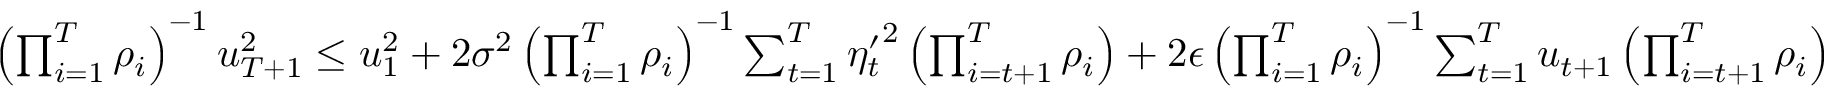
\begin{array} { r } { \left( \prod _ { i = 1 } ^ { T } \rho _ { i } \right) ^ { - 1 } u _ { T + 1 } ^ { 2 } \le u _ { 1 } ^ { 2 } + 2 \sigma ^ { 2 } \left( \prod _ { i = 1 } ^ { T } \rho _ { i } \right) ^ { - 1 } \sum _ { t = 1 } ^ { T } { \eta _ { t } ^ { \prime } } ^ { 2 } \left( \prod _ { i = t + 1 } ^ { T } \rho _ { i } \right) + 2 \epsilon \left( \prod _ { i = 1 } ^ { T } \rho _ { i } \right) ^ { - 1 } \sum _ { t = 1 } ^ { T } u _ { t + 1 } \left( \prod _ { i = t + 1 } ^ { T } \rho _ { i } \right) } \end{array}